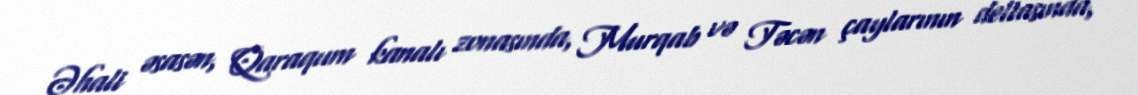
Əhali əsasən, Qaraqum kanalı zonasında, Murqab və Təcən çaylarının deltasında,